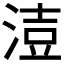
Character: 𰜍